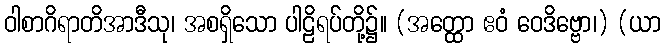
ဝါစာဂိရာတိအာဒီသု၊ အစရှိသော ပါဠိရပ်တို့၌။ (အတ္ထော ဧဝံ ဝေဒိဗ္ဗော၊) (ယာ